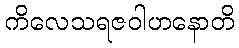
ကိလေသရဇဝါဟနောတိ